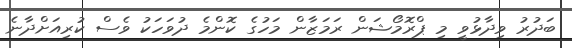
ބަދުރު ވިދާޅުވީ މި ޕްރޮމޯޝަން ރަމަޒާން މަހުގެ ކޮންމެ ދުވަހަކު ވެސް ކުރިއަށްދާނެ